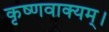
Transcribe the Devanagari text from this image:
कृष्णवाक्यम्।